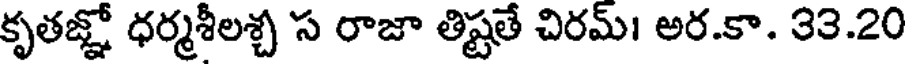
కృతజ్ఞో ధర్మశీలశ్చ స రాజా తిష్టతే చిరమ్। అర.కా. 33.20